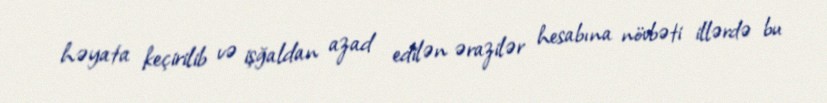
həyata keçirilib və işğaldan azad edilən ərazilər hesabına növbəti illərdə bu